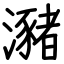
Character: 瀦